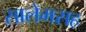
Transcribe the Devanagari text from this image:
सालेमसह